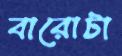
বারোটা